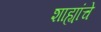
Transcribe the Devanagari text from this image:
शाह्यांचे